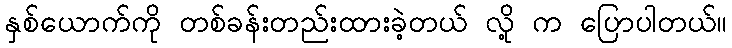
နှစ်ယောက်ကို တစ်ခန်းတည်းထားခဲ့တယ် လို့ က ပြောပါတယ်။